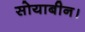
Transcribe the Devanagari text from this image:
सोयाबीन।